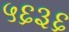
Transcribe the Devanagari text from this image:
५६३६